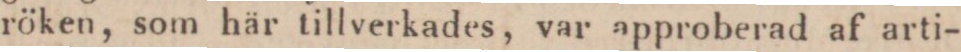
röken, som här tillverkades, var approberad af arti-